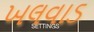
ખલવાડ